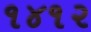
૧૪૧૨